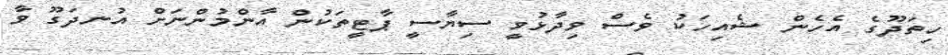
ހިތަދޫގެ އެހެން ޝެއިހަކު ވެސް ވިދާޅުވީ ސިޔާސީ ޕާޓީތަކުން އާންމުންނަށް އުނދަގޫ ވާ